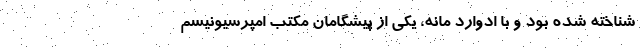
شناخته شده بود و با ادوارد مانه، یکی از پیشگامان مکتب امپرسیونیسم